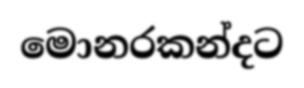
මොනරකන්දට